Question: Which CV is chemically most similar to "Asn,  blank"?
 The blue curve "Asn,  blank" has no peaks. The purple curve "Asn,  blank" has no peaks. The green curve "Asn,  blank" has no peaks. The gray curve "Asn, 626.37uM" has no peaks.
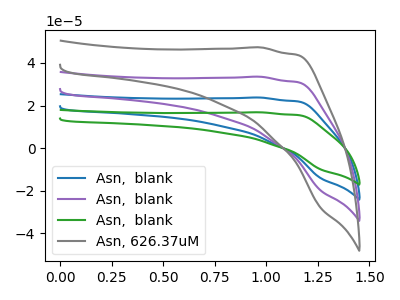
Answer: <think>Neither "Asn,  blank" or "Asn,  blank" have any peaks. Neither "Asn,  blank" or "Asn,  blank" have any peaks. Neither "Asn,  blank" or "Asn, 626.37uM" have any peaks. Neither "Asn,  blank" or "Asn,  blank" have any peaks. Neither "Asn,  blank" or "Asn, 626.37uM" have any peaks. Neither "Asn,  blank" or "Asn, 626.37uM" have any peaks.
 </think>
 <answer>"Asn,  blank", "Asn,  blank" and "Asn,  blank" have a similar shape to "Asn, 626.37uM".</answer>
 <eval>"Asn,  blank" "Asn,  blank" "Asn,  blank"</eval>